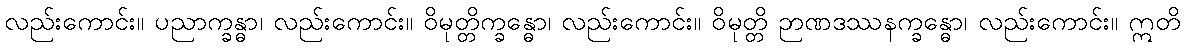
လည်းကောင်း။ ပညာက္ခန္ဓာ၊ လည်းကောင်း။ ဝိမုတ္တိက္ခန္ဓော၊ လည်းကောင်း။ ဝိမုတ္တိ ဉာဏဒဿနက္ခန္ဓော၊ လည်းကောင်း။ ဣတိ